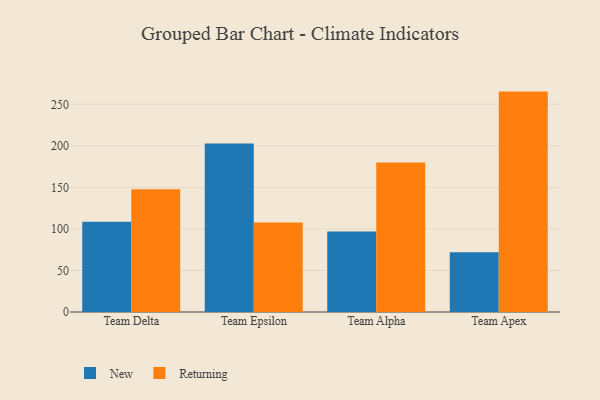
{"axis": {"x": "Team", "y": "Demand Index"}, "legend": ["New", "Returning"], "data": [{"x": "Team Delta", "y": 108.7, "type": "New"}, {"x": "Team Delta", "y": 147.8, "type": "Returning"}, {"x": "Team Epsilon", "y": 202.7, "type": "New"}, {"x": "Team Epsilon", "y": 107.6, "type": "Returning"}, {"x": "Team Alpha", "y": 96.9, "type": "New"}, {"x": "Team Alpha", "y": 179.9, "type": "Returning"}, {"x": "Team Apex", "y": 71.8, "type": "New"}, {"x": "Team Apex", "y": 265.3, "type": "Returning"}]}